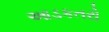
આડકતરો